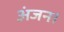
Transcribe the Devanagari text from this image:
अंजन।